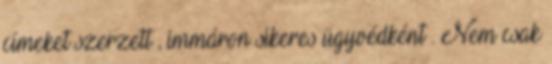
címeket szerzett , immáron sikeres ügyvédként . Nem csak